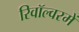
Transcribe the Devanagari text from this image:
रिवॉल्वरमें